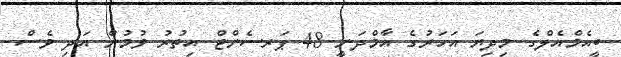
ބީއެމްއެލްގެ މިދިޔަ އަހަރުގެ އާމްދަނީ 48 ޕަރސެންޓް އިތުރު ވުމުން އަދި ވެސް